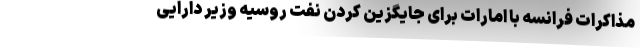
مذاکرات فرانسه با امارات برای جایگزین کردن نفت روسیه وزیر دارایی